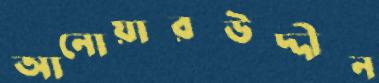
আনোয়ারউদ্দীন